Civil Veterinary Dept. Bombay admin report 1907-1913 - 1907-1913
Year: 1907
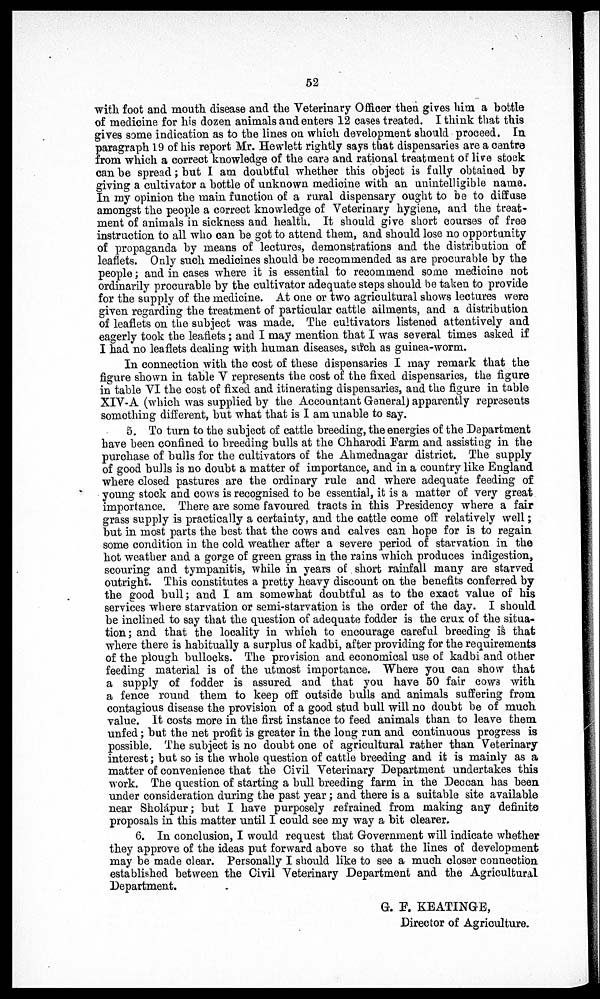
52
with foot and mouth disease and the Veterinary Officer then gives him a bottle
of medicine for his dozen animals and enters 12 cases treated. I think that this
gives some indication as to the lines on which development should proceed. In
p aragraph 19 of his report Mr. Hewlett rightly says that dispensaries are a centre
from which a correct knowledge of the care and rational treatment of live stock
can be spread; but I am doubtful whether this object is fully obtained by
giving a cultivator a bottle of unknown medicine with an unintelligible name.
In my opinion the main function of a rural dispensary ought to be to diffuse
amongst the people a correct knowledge of Veterinary hygiene, and the treat-
ment of animals in sickness and health. It should give short courses of free
instruction to all who can be got to attend them, and should lose no opportunity
of propaganda by means of lectures, demonstrations and the distribution of
leaflets. Only such medicines should be recommended as are procurable by the
people; and in cases where it is essential to recommend some medicine not
ordinarily procurable by the cultivator adequate steps should be taken to provide
for the supply of the medicine. At one or two agricultural shows lectures were
given regarding the treatment of particular cattle ailments, and a distribution
of leaflets on the subject was made. The cultivators listened attentively and
eagerly took the leaflets; and I may mention that I was several times asked if
I had no leaflets dealing with human diseases, such as guinea-worm.
In connection with the cost of these dispensaries I may remark that the
figure shown in table V represents the cost of the fixed dispensaries, the figure
in table VI the cost of fixed and itinerating dispensaries, and the figure in table
XIV-A (which was supplied by the Accountant General) apparently represents
somothing different, but what that is I am unable to say.
5. To turn to the subject of cattle breeding, the energies of the Department
have been confined to breeding bulls at the Chharodi Farm and assisting in the
purchase of bulls for the cultivators of the Ahmednagar district. The supply
of good bulls is no doubt a matter of importance, and in a country like England
where closed pastures are the ordinary rule and where adequate feeding of
young stock and cows is recognised to be essential, it is a matter of very great
importance. There are some favoured tracts in this Presidency where a fair
grass supply is practically a certainty, and the cattle come off relatively well;
but in most parts the best that the cows and calves can hope for is to regain
some condition in the cold weather after a severe period of starvation in the
hot weather and a gorge of green grass in the rains which produces indigestion,
scouring and tympanitis, while in years of short rainfall many are starved
outright. This constitutes a pretty heavy discount on the benefits conferred by
the good bull; and I am somewhat doubtful as to the exact value of his
services where starvation or semi-starvation is the order of the day. I should
be inclined to say that the question of adequate fodder is the crux of the situa-
tion; and that the locality in which to encourage careful breeding is that
where there is habitually a surplus of kadbi, after providing for the requirements
of the plough bullocks. The provision and economical use of kadbi and other
feeding material is of the utmost importance. Where you can show that
a supply of fodder is assured and that you have 50 fair cows with
a fence round them to keep off outside bulls and animals suffering from
contagious disease the provision of a good stud bull will no doubt be of much
value. It costs more in the first instance to feed animals than to leave them
unfed; but the net profit is greater in the long run and continuous progress is
possible. The subject is no doubt one of agricultural rather than Veterinary
interest; but so is the whole question of cattle breeding and it is mainly as a
matter of convenience that the Civil Veterinary Department undertakes this
work. The question of starting a bull breeding farm in the Deccan has been
under consideration during the past year; and there is a suitable site available
near Sholápur; but I have purposely refrained from making any definite
proposals in this matter until I could see my way a bit clearer.
6. In conclusion, I would request that Government will indicate whether
they approve of the ideas put forward above so that the lines of development
may be made clear. Personally I should like to see a much closer connection
established between the Civil Veterinary Department and the Agricultural
Department.
G. F. KEATINGE,
Director of Agriculture.